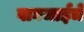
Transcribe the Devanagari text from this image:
वाघजाईचे